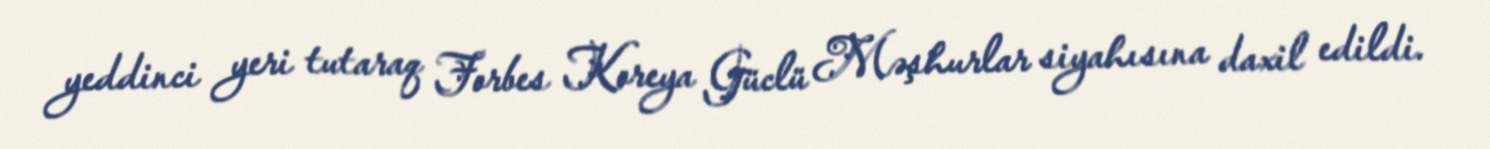
yeddinci yeri tutaraq Forbes Koreya Güclü Məşhurlar siyahısına daxil edildi.